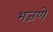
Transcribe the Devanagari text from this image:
भजणे